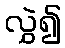
လွှဲ၍